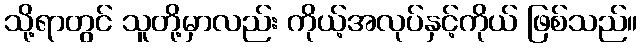
သို့ရာတွင် သူတို့မှာလည်း ကိုယ့်အလုပ်နှင့်ကိုယ် ဖြစ်သည်။